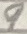
Text: 9